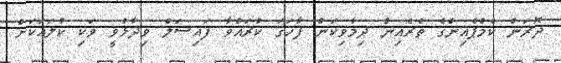
ދޮރަން ކެމްޕެއިންގެ ތެރެއިން ދިމާވިކަން ފާހަގަ ކުރައްވާ ފައިސަލް ވިދާޅުވީ ވަކި ކުލައަކަށް